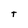
Character: t